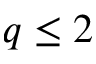
q \leq 2